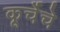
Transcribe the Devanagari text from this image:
कूर्चेचे